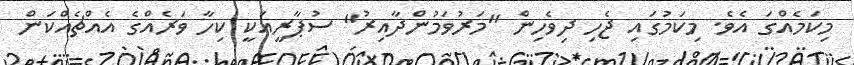
މިކަމެއްގަ އެވެ. މިކަމުގައި ޖެހި ދިވެހިން "މަރުވަމުންދާއިރު" ސުޕާރީއަކީ ކިހާ ވަރެއްގެ އެއްޗެއްކަން